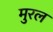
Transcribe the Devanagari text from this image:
मुरल